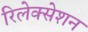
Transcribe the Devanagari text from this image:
रिलेक्सेशन